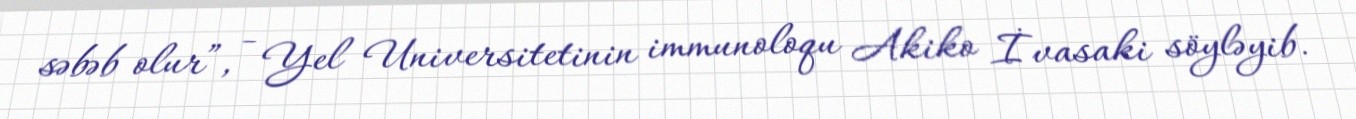
səbəb olur”, - Yel Universitetinin immunoloqu Akiko İvasaki söyləyib.